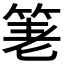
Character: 𥭯